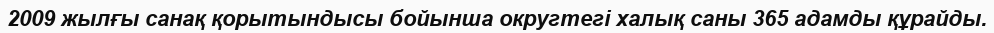
2009 жылғы санақ қорытындысы бойынша округтегі халық саны 365 адамды құрайды.